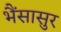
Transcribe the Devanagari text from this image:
भैंसासुर